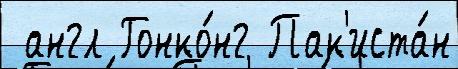
 англ Гонко́нг Пак'иста́н